Leaving Certificate Examination (including Day School Certificate (Higher) General paper), 1932
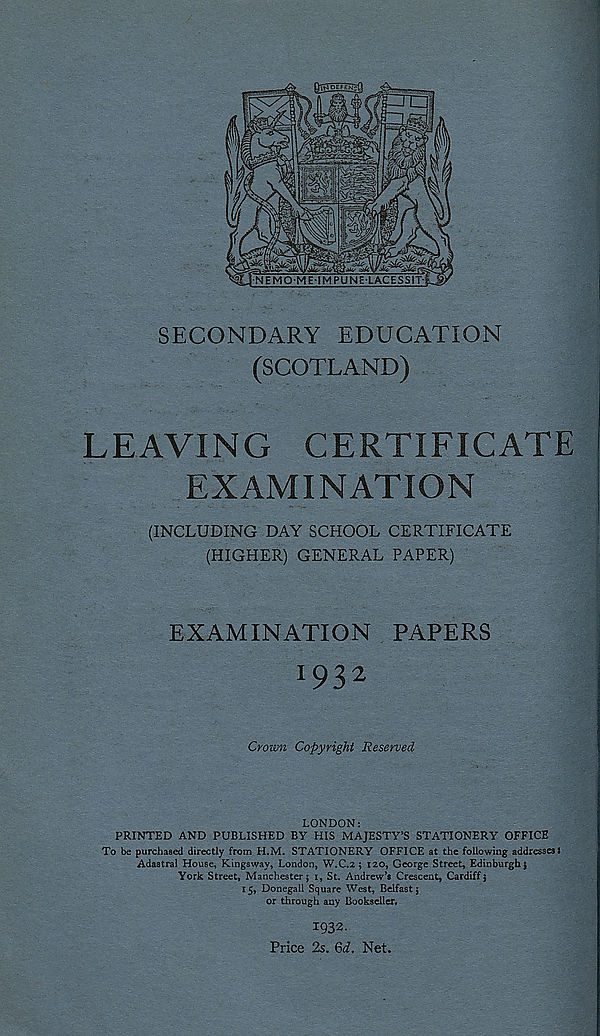
SECONDARY EDUCATION
(SCOTLAND)
LEAVING
CERTIFICATE
EXAMINATION
j
(INCLUDING DAY SCHOOL CERTIFICATE
(HIGHER) GENERAL PAPER)
EXAMINATION PAPERS
1932
Crown Copyright Reserved
LONDON:
PRINTED AND PUBLISHED BY HIS MAJESTY’S STATIONERY OFFICE
To be purchased directly from H.M. STATIONERY OFFICE at the following addresses!
Adastral House, Kingswav, London, W.C.2 $ 120, George Street, Edinburgh}
York Street, Manchester; 1, St. Andrew’s Crescent, Cardiff5
15, Donegall Square West, Belfast;
or through any Bookseller,
1932.
Price 2s. (id. Net.